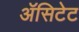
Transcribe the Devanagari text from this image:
ॲसिटेट